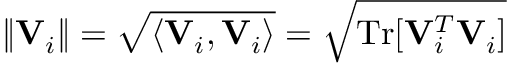
\| { \bf V } _ { i } \| = \sqrt { \langle { \bf V } _ { i } , { \bf V } _ { i } \rangle } = \sqrt { \mathrm { T r } [ { \bf V } _ { i } ^ { T } { \bf V } _ { i } ] }